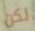
لكن